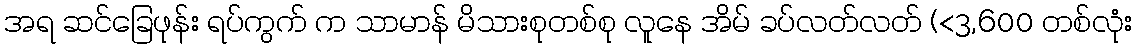
အရ ဆင်ခြေဖုန်း ရပ်ကွက် က သာမာန် မိသားစုတစ်စု လူနေ အိမ် ခပ်လတ်လတ် (<3,600 တစ်လုံး